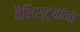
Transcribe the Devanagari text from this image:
वैशिश्ट्यांना